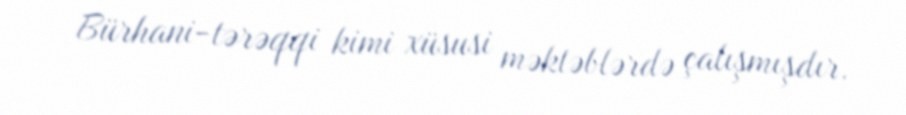
Bürhani-tərəqqi kimi xüsusi məktəblərdə çalışmışdır.